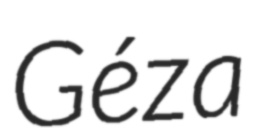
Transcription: Géza